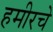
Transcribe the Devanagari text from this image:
हमीरचे